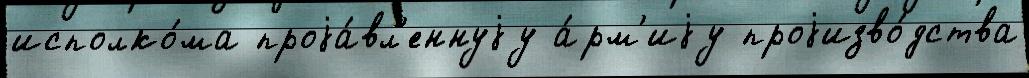
исполко́ма проjа́вл'еннуjу а́рм'иjу проjизво́дства